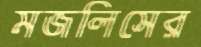
মজলিসের